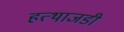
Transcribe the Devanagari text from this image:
हत्थाजडी